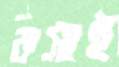
কসাই